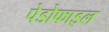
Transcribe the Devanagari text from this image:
पेडोफाइल